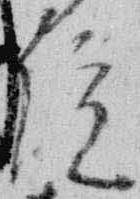
院